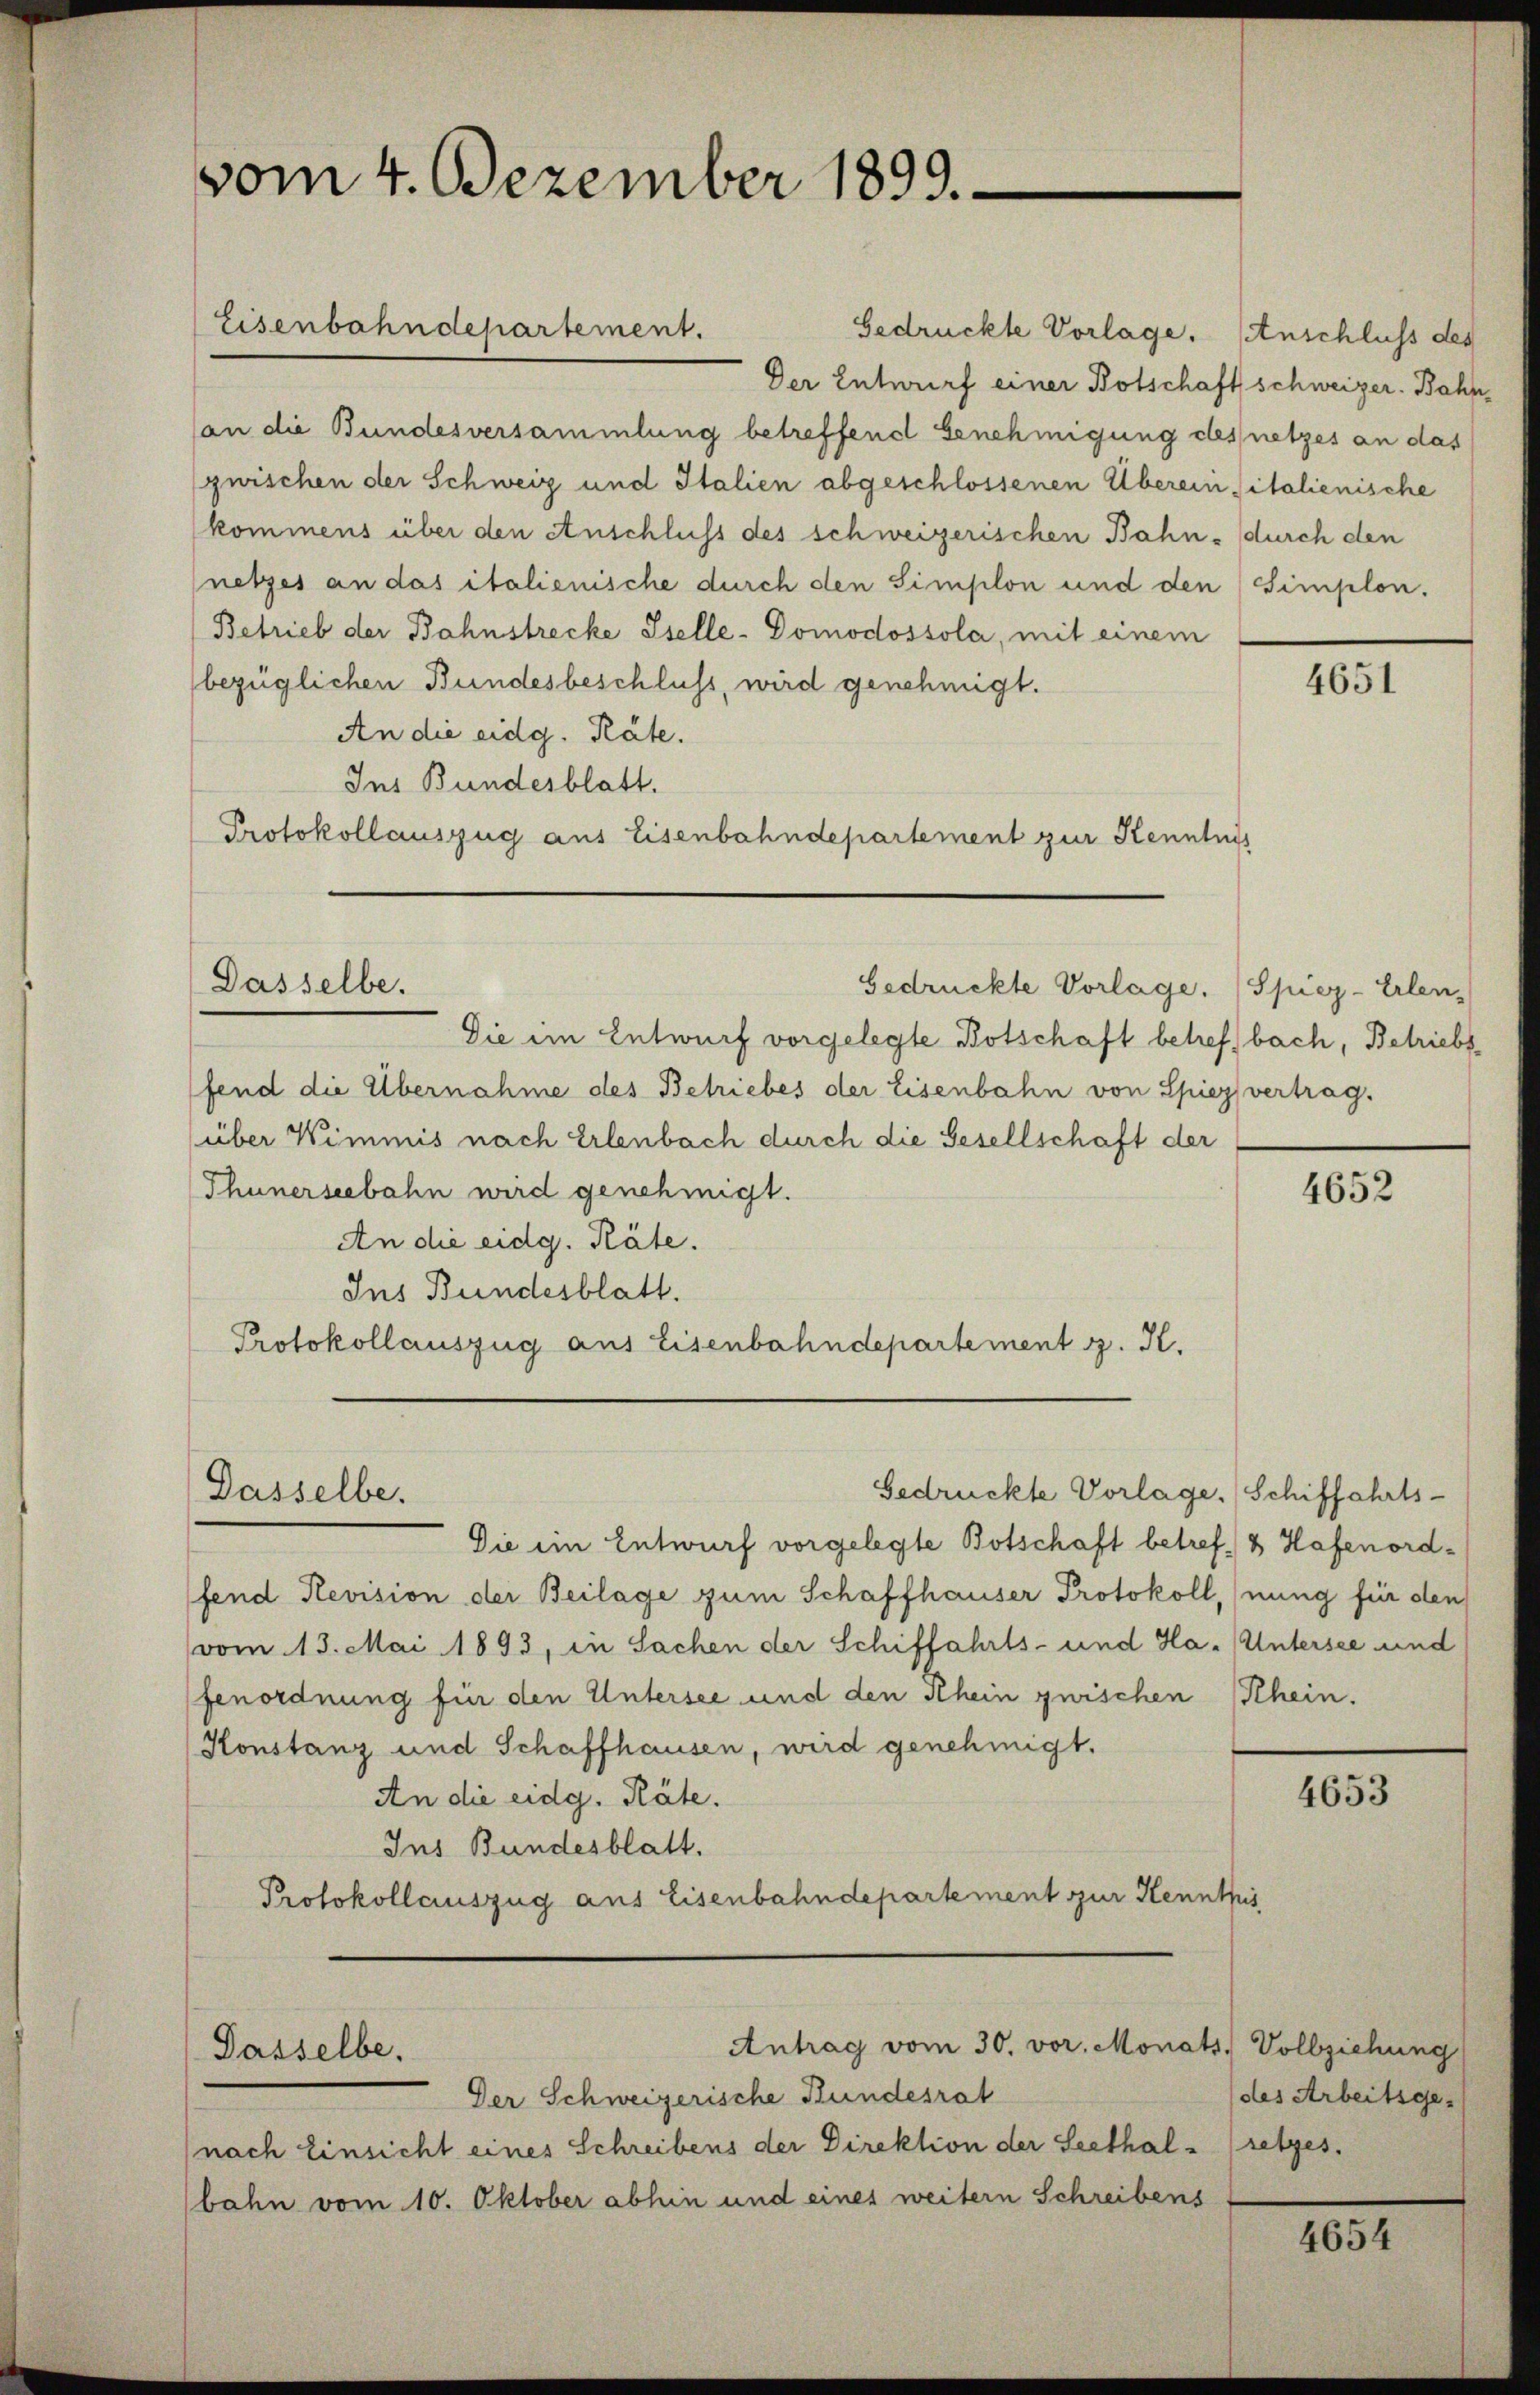
Gedrückte Vorlage. Anschluss des
Der Entwurf einer Botschaft schweizer. Bahn,
(an die Bundesversammlung betreffend Genehmigung des netzes an das
zwischen der Schweiz und Italien abgeschlossenen Überein sitalienische
kommens über den Anschluss des schweizerischen Bahn- durch den
netzes an das italienische durch den Simplon und den Simplon.
(Betrieb der Bahnstrecke Iselle-Domodossola, mit einem
bezüglichen Bundesbeschluss, wird genehmigt.
An die eidg. Räte.
Ins Bundesblatt.
Protokollauszug aus Eisenbahndepartement zur Kenntnis

vom 4. Dezember 1899.

Eisenbahndepartement.

Dasselbe.

Dasselbe.

Dasselbe.

Gedrückte Vorlage. Spiez-Erlen-

Die im Entwurf vorgelegte Botschaft betreff bach, Betriebs
fend die Übernahme des Betriebes der Eisenbahn von Spiez vertrag.
über Wimmis nach Erlenbach durch die Gesellschaft der
(Thunerseebahn wird genehmigt.
An die eidg. Räte.
Ins Bundesblatt.
Protokollauszug aus Eisenbahndepartement z. K.

Antrag vom 30. vor. Monats,

Der Schweizerische Hundesrat

Die ein Entwurf vorgelegte Botschaft betref & Hafenordfend Revision der Beilage zum Schaffhauser Protokoll, (nung für den
vom 13. Mai 1893, in Sachen der Schiffahrts- und Ha. Untersee und
fenordnung für den Untersee und den Rhein zwischen Rhein.
Konstanz und Schaffhausen, wird genehmigt.
An die eidg. Räte.
Ins Bundesblatt.
Protokollauszug aus Eisenbahndepartement zur Kenntnis

Gedrückte Vorlage. (Schiffahrts-

(nach Einsicht eines Schreibens der Direktion der Seethalbahn vom 10. Oktober abhin und eines weitern Schreibens

4651

4652

4653

Vollziehung
(des Arbeitsgeretzes.

1851